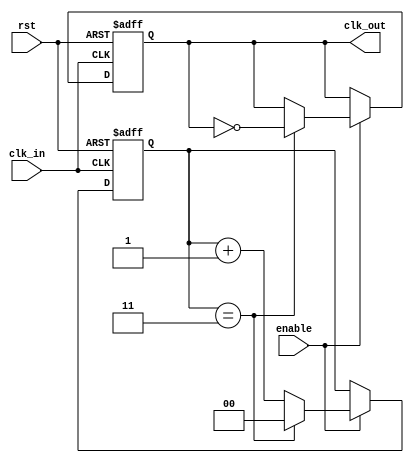
module frequency_divider_counter #(
    parameter N = 4  // Default division factor
)(
    input wire clk_in,   // Input clock signal
    input wire rst,      // Asynchronous reset signal
    input wire enable,   // Enable signal for counting
    output reg clk_out   // Output divided clock signal
);

    reg [$clog2(N)-1:0] counter; // Counter to hold the current count

    // Asynchronous reset and counting mechanism
    always @(posedge clk_in or posedge rst) begin
        if (rst) begin
            counter <= 0;      // Reset counter to 0
            clk_out <= 0;      // Initialize output clock to low
        end else if (enable) begin
            if (counter == N-1) begin
                counter <= 0;   // Reset counter when it reaches N
                clk_out <= ~clk_out; // Toggle output clock
            end else begin
                counter <= counter + 1; // Increment counter
            end
        end
    end

endmodule